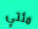
مئتي